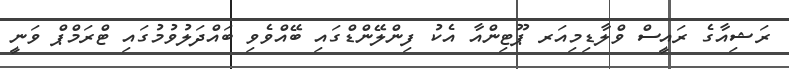
ރަޝިއާގެ ރައީސް ވްލާޑިމިއަރ ޕޫޓިންއާ އެކު ފިންލޭންޑްގައި ބޭއްވެވި ބައްދަލުވުމުގައި ޓްރަމްޕް ވަނީ